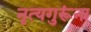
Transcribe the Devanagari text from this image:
नृत्यगुरूंना